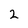
Character: 2